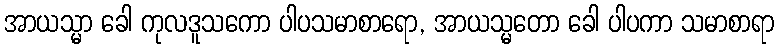
အာယသ္မာ ခေါ ကုလဒူသကော ပါပသမာစာရော, အာယသ္မတော ခေါ ပါပကာ သမာစာရာ